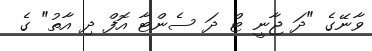
ވާނޭގެ "ދަ ޖާނީ ޓް ދަ ސެންޓާ އޮފް ދި އާތު" ގެ